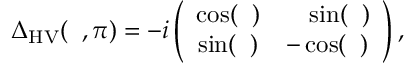
\begin{array} { r } { { \Delta } _ { \mathrm { H V } } ( { \it \Delta \phi } , \pi ) = - i \left( \begin{array} { c c } { \cos ( { \it \Delta \phi } ) } & { \ \ \ \sin ( { \it \Delta \phi } ) } \\ { \sin ( { \it \Delta \phi } ) } & { - \cos ( { \it \Delta \phi } ) } \end{array} \right) , } \end{array}